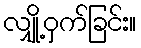
လျှို့ဝှက်ခြင်း။